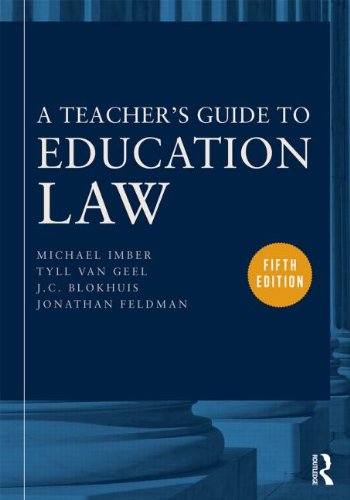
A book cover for A Teacher's Guide to Education Law; Michael Imber; Law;